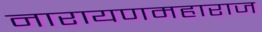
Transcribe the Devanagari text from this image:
नारायणमहाराज